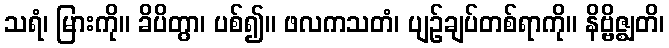
သရံ၊ မြားကို။ ခိပိတွာ၊ ပစ်၍။ ဖလကသတံ၊ ပျဉ်ချပ်တစ်ရာကို။ နိဗ္ဗိဇ္ဈတိ၊